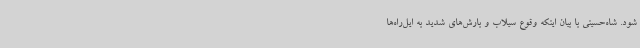
شود. شاه‌حسینی با بیان اینکه وقوع سیلاب و بارش‌های شدید به ایل‌راه‌ها